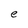
Character: e